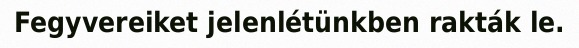
Fegyvereiket jelenlétünkben rakták le.